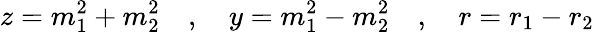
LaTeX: z=m_{1}^{2}+m_{2}^{2}\quad,\quad y=m_{1}^{2}-m_{2}^{2}\quad,\quad r=r_{1}-r_{2}